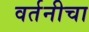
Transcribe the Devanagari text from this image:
वर्तनीचा